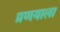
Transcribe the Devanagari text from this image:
प्रणयाला